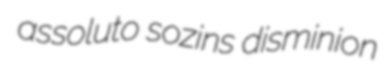
assoluto sozins disminion